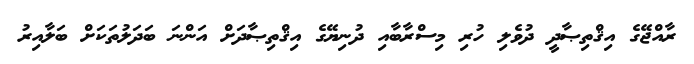
ރާއްޖޭގެ އިޤްތިޞާދީ ދުވެލި ހުރި މިސްރާބާއި ދުނިޔޭގެ އިޤްތިޞާދަށް އަންނަ ބަދަލުތަކަށް ބަލާއިރު